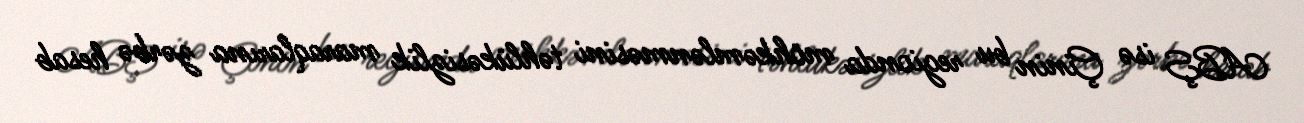
ABŞ isə Çinin bu regionda möhkəmlənməsini təhlükəsizlik maraqlarına zərbə hesab